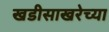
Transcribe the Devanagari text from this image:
खडीसाखरेच्या